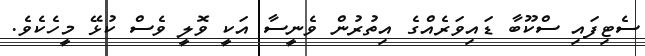
ސެޓިފައި ސްކޫބާ ޑައިވަރެއްގެ އިތުރުން ވެނީސާ އަކީ ވޮލީ ވެސް ކުޅޭ މީހެކެވެ.